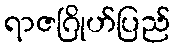
ရာဇဂြိုဟ်ပြည်